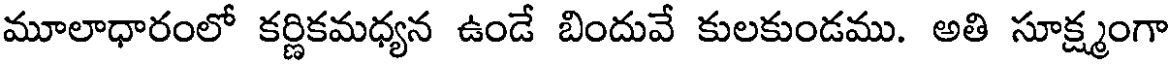
మూలాధారంలో కర్ణికమధ్యన ఉండే బిందువే కులకుండము. అతి సూక్ష్మంగా